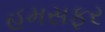
હમસફર